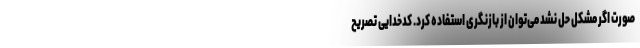
صورت اگر مشکل حل نشد می‌توان از بازنگری استفاده کرد. کدخدایی تصریح